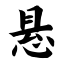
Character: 悬